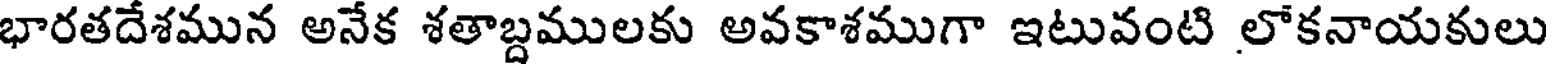
భారతదేశమున అనేక శతాబ్దములకు అవకాశముగా ఇటువంటి లోకనాయకులు